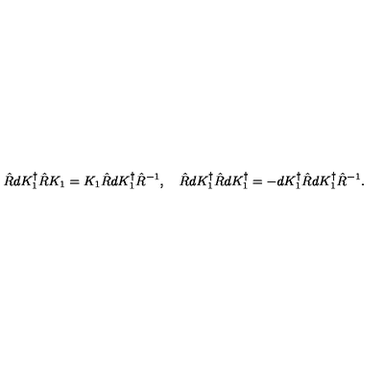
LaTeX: \hat { R } d K _ { 1 } ^ { \dagger } \hat { R } K _ { 1 } = K _ { 1 } \hat { R } d K _ { 1 } ^ { \dagger } \hat { R } ^ { - 1 } , \quad \hat { R } d K _ { 1 } ^ { \dagger } \hat { R } d K _ { 1 } ^ { \dagger } = - d K _ { 1 } ^ { \dagger } \hat { R } d K _ { 1 } ^ { \dagger } \hat { R } ^ { - 1 } .